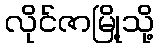
လိုင်ဇာမြို့သို့